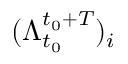
( \Lambda _ { t _ { 0 } } ^ { t _ { 0 } + T } ) _ { i }